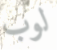
لوب